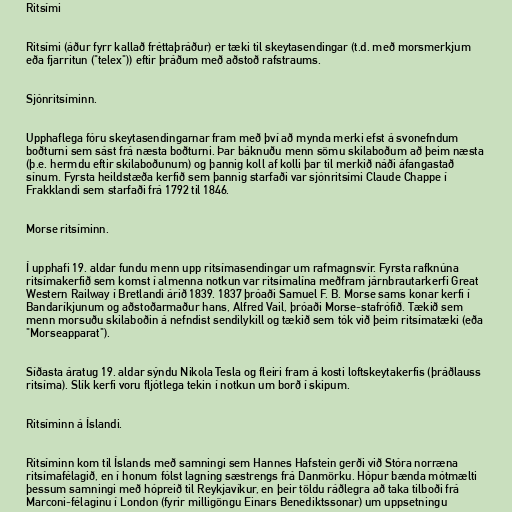
Ritsími

Ritsími (áður fyrr kallað fréttaþráður) er tæki til skeytasendingar (t.d. með morsmerkjum
eða fjarritun ("telex")) eftir þráðum með aðstoð rafstraums.

Sjónritsíminn.

Upphaflega fóru skeytasendingarnar fram með því að mynda merki efst á svonefndum
boðturni sem sást frá næsta boðturni. Þar báknuðu menn sömu skilaboðum að þeim næsta
(þ.e. hermdu eftir skilaboðunum) og þannig koll af kolli þar til merkið náði áfangastað
sínum. Fyrsta heildstæða kerfið sem þannig starfaði var sjónritsími Claude Chappe í
Frakklandi sem starfaði frá 1792 til 1846.

Morse ritsíminn.

Í upphafi 19. aldar fundu menn upp ritsímasendingar um rafmagnsvír. Fyrsta rafknúna
ritsímakerfið sem komst í almenna notkun var ritsímalína meðfram járnbrautarkerfi Great
Western Railway í Bretlandi árið 1839. 1837 þróaði Samuel F. B. Morse sams konar kerfi í
Bandaríkjunum og aðstoðarmaður hans, Alfred Vail, þróaði Morse-stafrófið. Tækið sem
menn morsuðu skilaboðin á nefndist sendilykill og tækið sem tók við þeim ritsímatæki (eða
"Morseapparat").

Síðasta áratug 19. aldar sýndu Nikola Tesla og fleiri fram á kosti loftskeytakerfis (þráðlauss
ritsíma). Slík kerfi voru fljótlega tekin í notkun um borð í skipum.

Ritsíminn á Íslandi.

Ritsíminn kom til Íslands með samningi sem Hannes Hafstein gerði við Stóra norræna
ritsímafélagið, en í honum fólst lagning sæstrengs frá Danmörku. Hópur bænda mótmælti
þessum samningi með hópreið til Reykjavíkur, en þeir töldu ráðlegra að taka tilboði frá
Marconi-félaginu í London (fyrir milligöngu Einars Benediktssonar) um uppsetningu